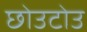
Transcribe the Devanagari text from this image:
छोउटोउ